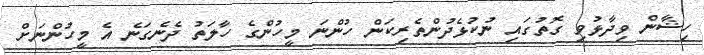
ހިޝާން ވިދާޅުވި ގޮތުގައި ނުކުޅެދުންތެރިކަން ހުންނަ މީހުންގެ ހާލަތު ދެނެގަނެ އެ މީހުންނަށް